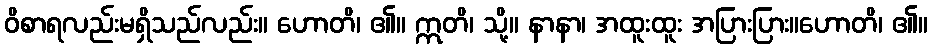
ဝိစာရလည်းမရှိသည်လည်း။ ဟောတိ၊ ၏။ ဣတိ၊ သို့။ နာနာ၊ အထူးထူး အပြားပြား။ဟောတိ၊ ၏။